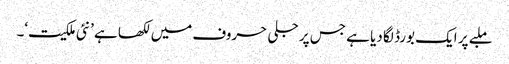
ملبے پر ایک بورڈ لگا دیا ہے جس پر جلی حروف میں لکھا ہے ’نئی ملکیت‘۔